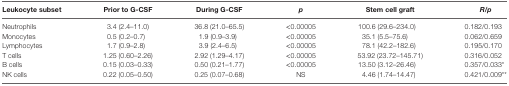
| Leukocyte subset | Prior to G-CSF | During G-CSF | p | Stem cell graft | R/p |
 | --- | --- | --- | --- | --- | --- |
 | Neutrophils | 3.4 (2.4–11.0) | 36.8 (21.0–65.5) | <0.00005 | 100.6 (29.6–234.0) | 0.182/0.193 |
 | Monocytes | 0.5 (0.2–0.7) | 1.9 (0.9–3.9) | <0.00005 | 35.1 (5.5–75.6) | 0.062/0.659 |
 | Lymphocytes | 1.7 (0.9–2.8) | 3.9 (2.4–6.5) | <0.00005 | 78.1 (42.2–182.6) | 0.195/0.170 |
 | T cells | 1.25 (0.60–2.26) | 2.92 (1.29–4.17) | <0.00005 | 53.92 (23.72–145.71) | 0.316/0.052 |
 | B cells | 0.15 (0.03–0.33) | 0.50 (0.21–1.77) | <0.00005 | 13.50 (3.12–26.46) | 0.357/0.033* |
 | NK cells | 0.22 (0.05–0.50) | 0.25 (0.07–0.68) | NS | 4.46 (1.74–14.47) | 0.421/0.009** |